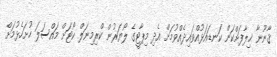
ޤާނޫނާ ޚިލާފަށްކަން ކަނޑައަޅުއްވައިދެއްވުމަށް އެދި މިޕާޓީގެ ލޯޔަރުން ކްރިމިނަލް ކޯޓަށް މައްސަލަ ހުށަހެޅުމަށް